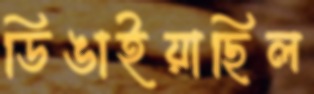
ডিঙাইয়াছিল